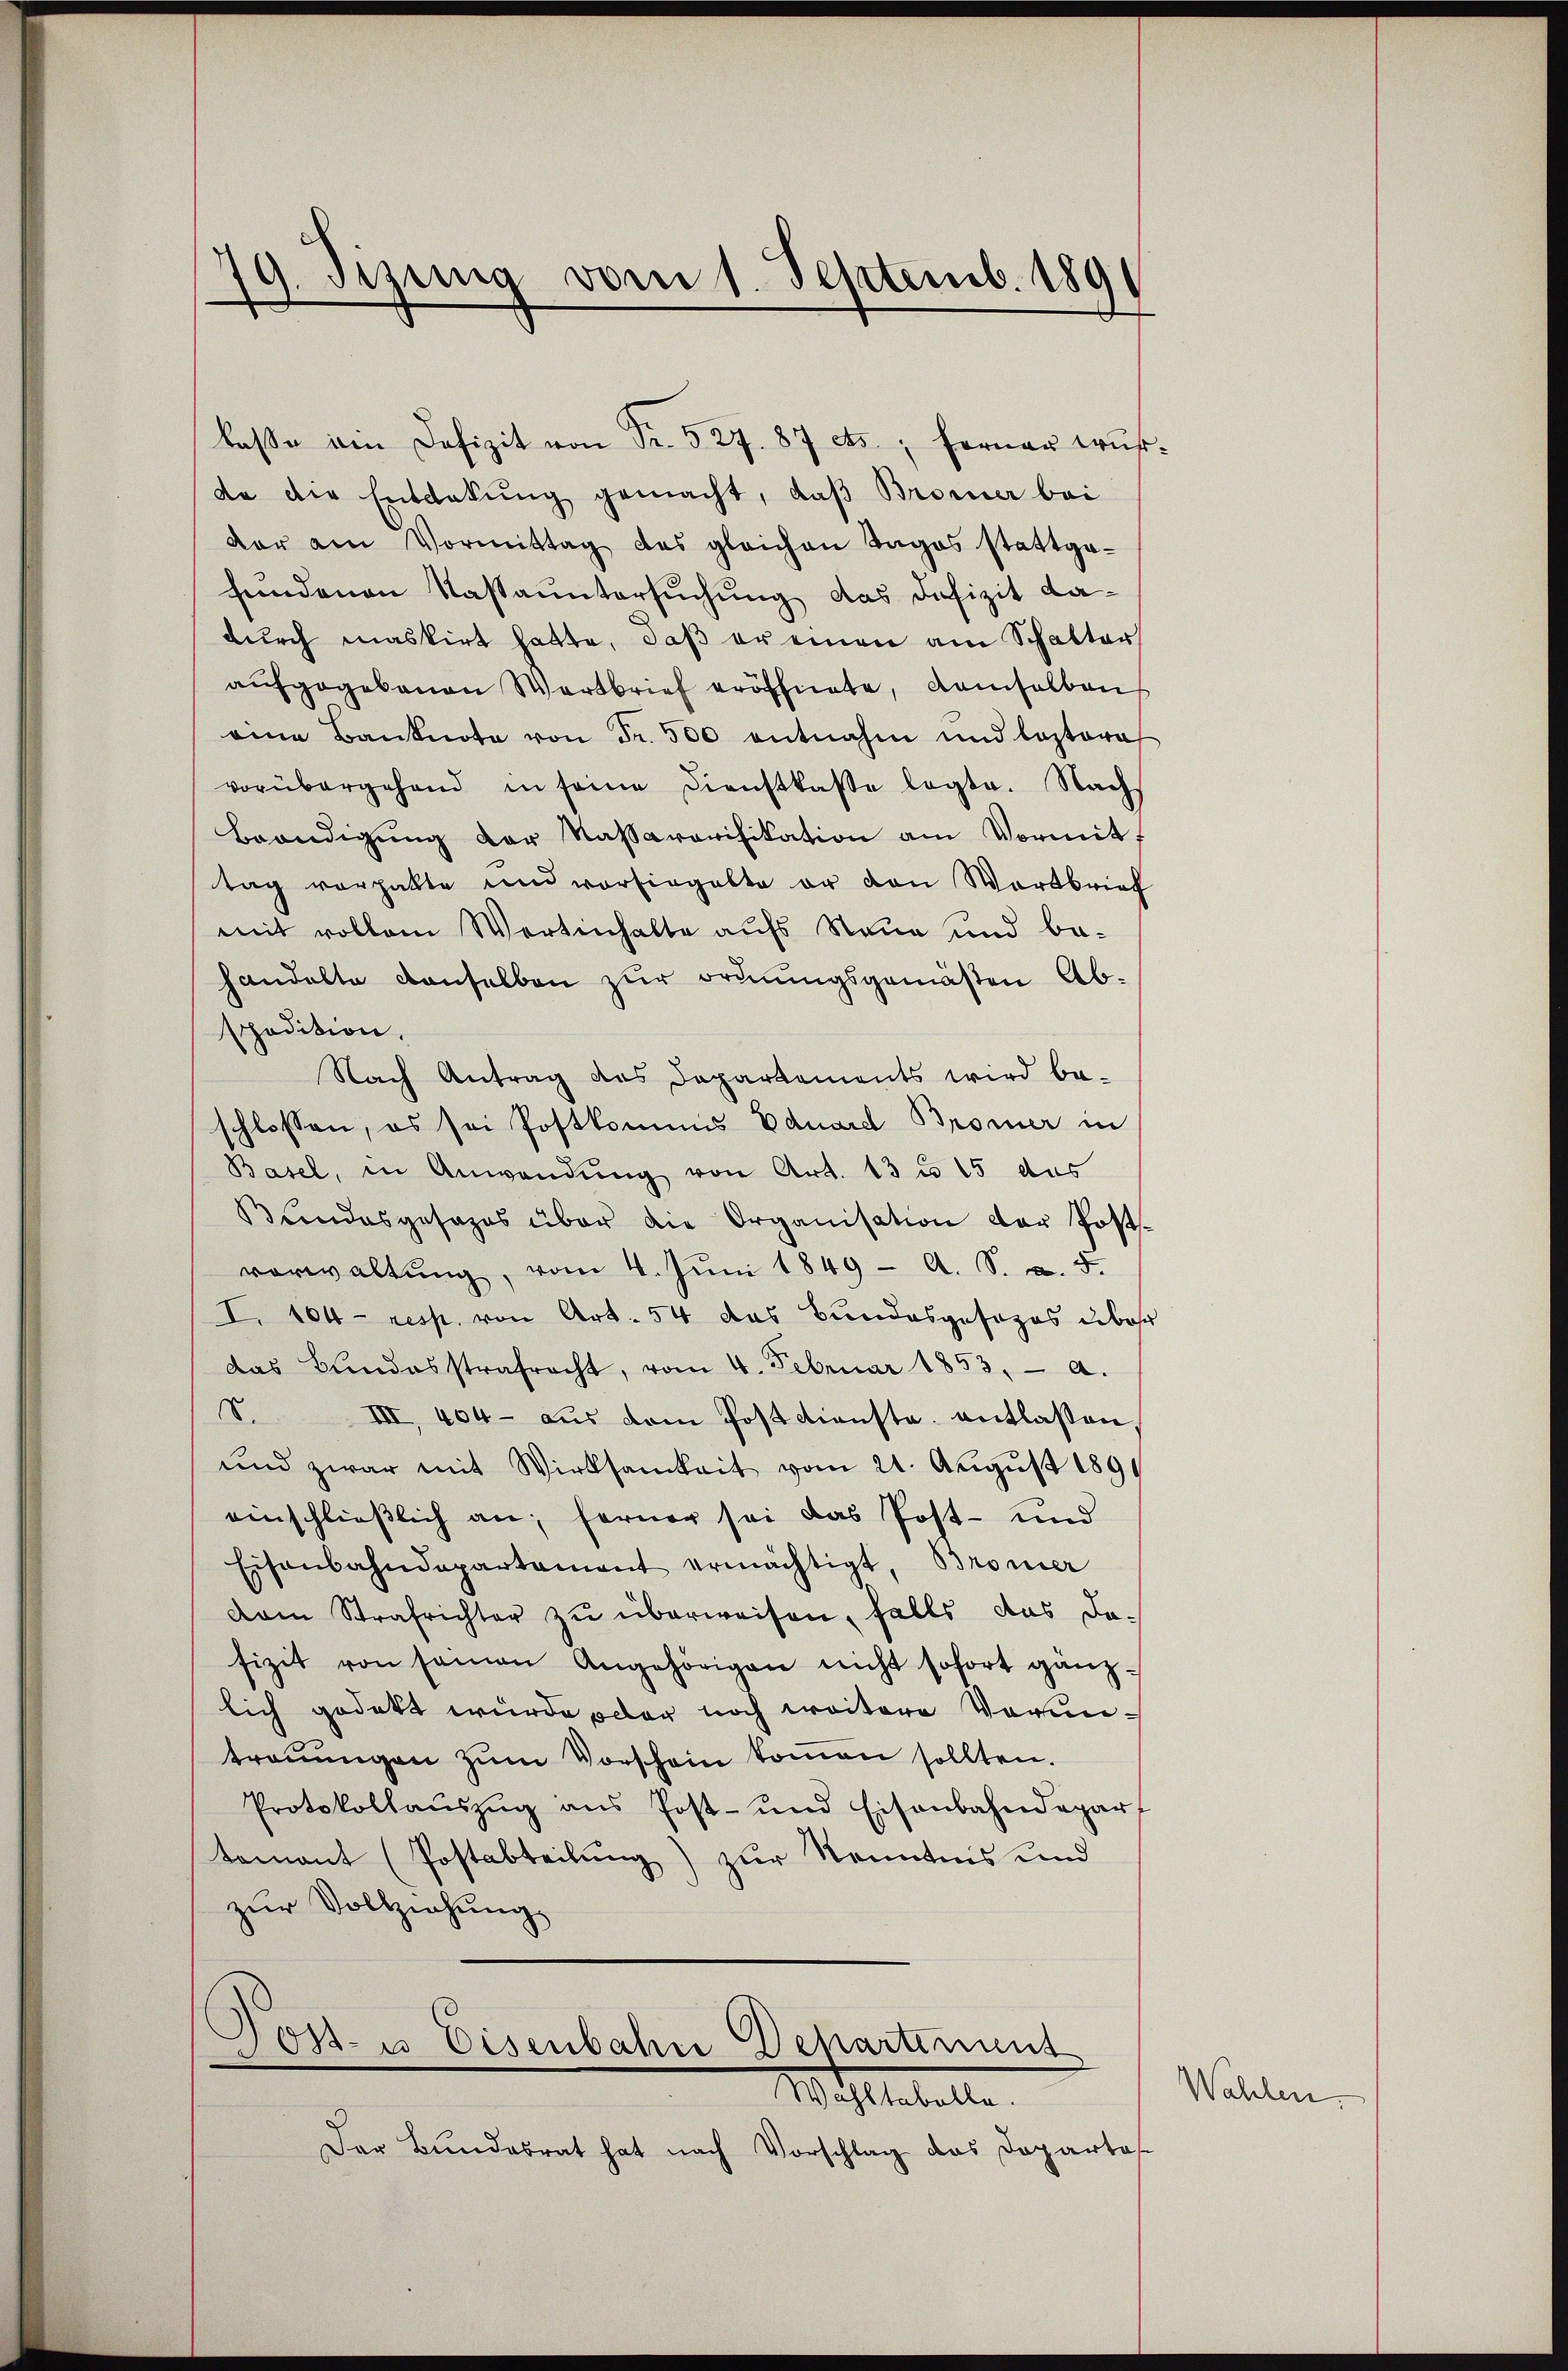
79. Jung vom 1. Septemb. 189

lasse ein Defizit von Fr. 527. 87 ets; ferner wurda die Entdekung gemacht, daß Bromer bei
dar am Vormittag des gleichen Tages stattgesendenen Nastauntersuchung das Defizit da-
durch maskirt hatte, daß er einen am Schalter
aŭfgegebenen Wortbrief eröffnete, demselben
eine Banknote von Fr. 500 entnahm und bestora
vorübergehend in seine Dienstkasse legte. Nachs
Beendigŭng der Kassaverifikation am Vormit,
tag vorhatte und vorfingelte er den Wartbrief
mit vollem Wortenhalte aufs Neue und behandelte denselben zur ordnungsgemäßen Abspadition.
Nach Antrag des Departements wird be-
schlossen, es sei Postkommis Eduard Bromer in
Basel, in Anwendŭng von Art. 13 n 15 das
Bundesgesezes über die Organisation der Postverwaltŭng, vom 4. Jŭni 1849 - A. S. v. 5.
I. 104 - resp. von Art. 54 das Bundesgesezes über
das Bundesstrafracht, vom 4. Februar 1853, a.
6.
III, 404 - aus dem Postdienste entlassen,
und zwar mit Wirksamkeit vom 21. Aŭgŭst 189
einschließlich an; ferner sei das Post- und
Eisenbahndepartament ermächtigt, Bromer
dam Strafrichter zŭ überweisen, falls das da-
fizit von seinen Angehörigen nicht sofort gänzlich gedekt wurde oder noch weitere Voruntreṅŭngen zŭm Vorschein kommen sollten.
Protokollauszug aus Post- und Eisenbahndepar
tement (Postabteilung) zur Kenntnis und
zur Vollziehung
Post- u Eisenbahre Departinius
Wahltabelle.
Der Bundesrat hat nach Vorschlag das Dopartas

Wahlen.